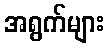
အရွက်များ